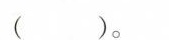
( )。